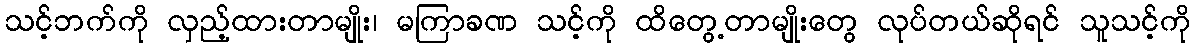
သင့်ဘက်ကို လှည့်ထားတာမျိုး၊ မကြာခဏ သင့်ကို ထိတွေ့တာမျိုးတွေ လုပ်တယ်ဆိုရင် သူသင့်ကို